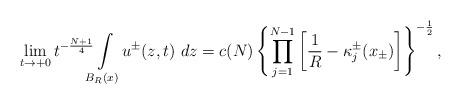
LaTeX: \begin{align*}\lim_{t\to +0}t^{-\frac{N+1}4 }\!\!\!\int\limits_{B_R(x)}\! u^\pm(z,t)\ dz=c(N)\left\{\prod\limits_{j=1}^{N-1}\left[\frac 1R - \kappa^\pm_j(x_\pm)\right]\right\}^{-\frac 12},\end{align*}